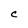
Character: C